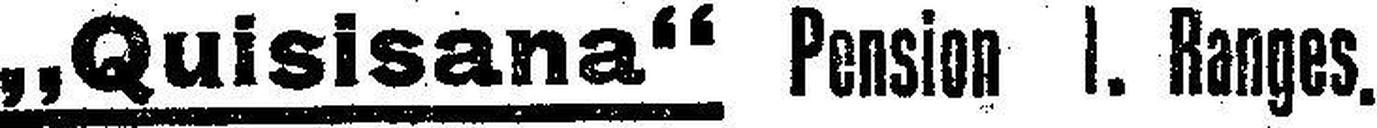
„Quisisana“ Pension ###. Ranges.